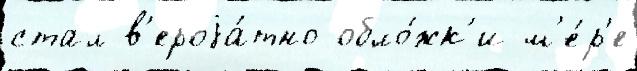
стал в'ероjа́тно обло́жк'и м'е́р'е